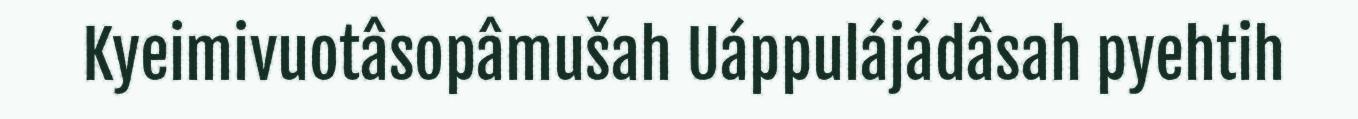
Kyeimivuotâsopâmušah Uáppulájádâsah pyehtih